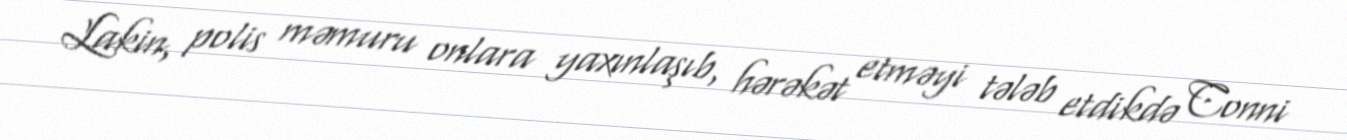
Lakin, polis məmuru onlara yaxınlaşıb, hərəkət etməyi tələb etdikdə Conni